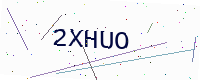
Text: 2XHUO